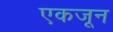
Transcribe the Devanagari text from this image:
एकजून